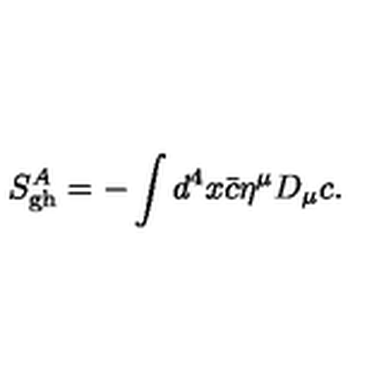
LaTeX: S _ { \mathrm { g h } } ^ { A } = - \int d ^ { 4 } x { \bar { c } } \eta ^ { \mu } D _ { \mu } c .